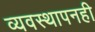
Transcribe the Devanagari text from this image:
व्यवस्थापनही